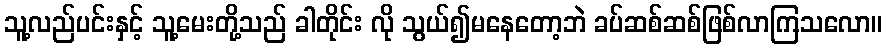
သူ့လည်ပင်းနှင့် သူ့မေးတို့သည် ခါတိုင်း လို သွယ်၍မနေတော့ဘဲ ခပ်ဆစ်ဆစ်ဖြစ်လာကြသလော။